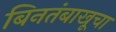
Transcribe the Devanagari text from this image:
बिनतंबाखूचा